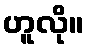
ဟူလို။